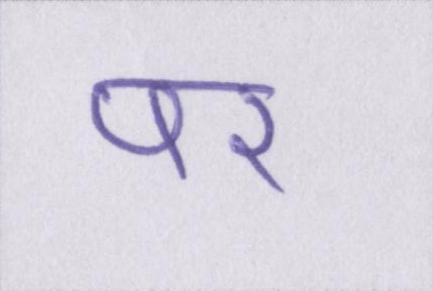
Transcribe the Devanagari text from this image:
पर